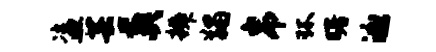
盗芸葬辨蠲帛环曙泳